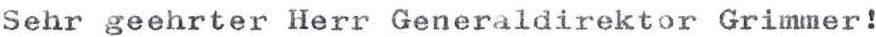
Sehr geehrter Herr Generaldirektor Grimmer!